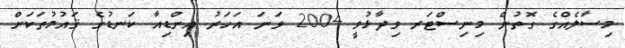
މިސާލެއްގެ ގޮތުން މިނިސްޓަރ ވިދާޅުވީ 2004 ވަނަ އަހަރު އިންޑިއާ ކަނޑުގެ ޤައުމުތަކަށް